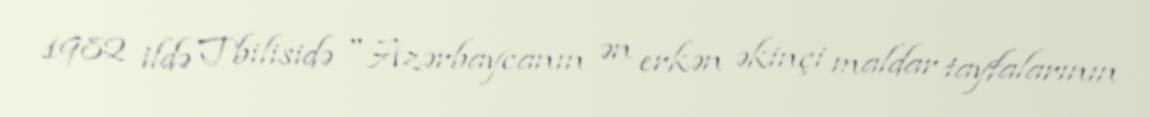
1982 ildə Tbilisidə "Azərbaycanın ən erkən əkinçi maldar tayfalarının